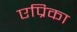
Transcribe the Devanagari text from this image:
एप्रिका